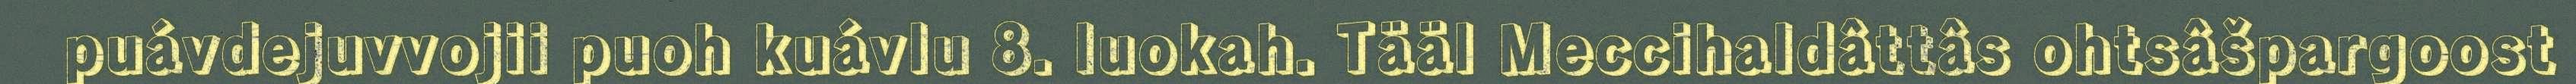
puávdejuvvojii puoh kuávlu 8. luokah. Tääl Meccihaldâttâs ohtsâšpargoost